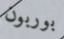
بوربون